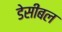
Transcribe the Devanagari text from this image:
डेसीबल